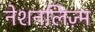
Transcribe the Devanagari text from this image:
नेशनलिज़्म